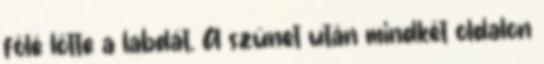
fölé lőtte a labdát. A szünet után mindkét oldalon